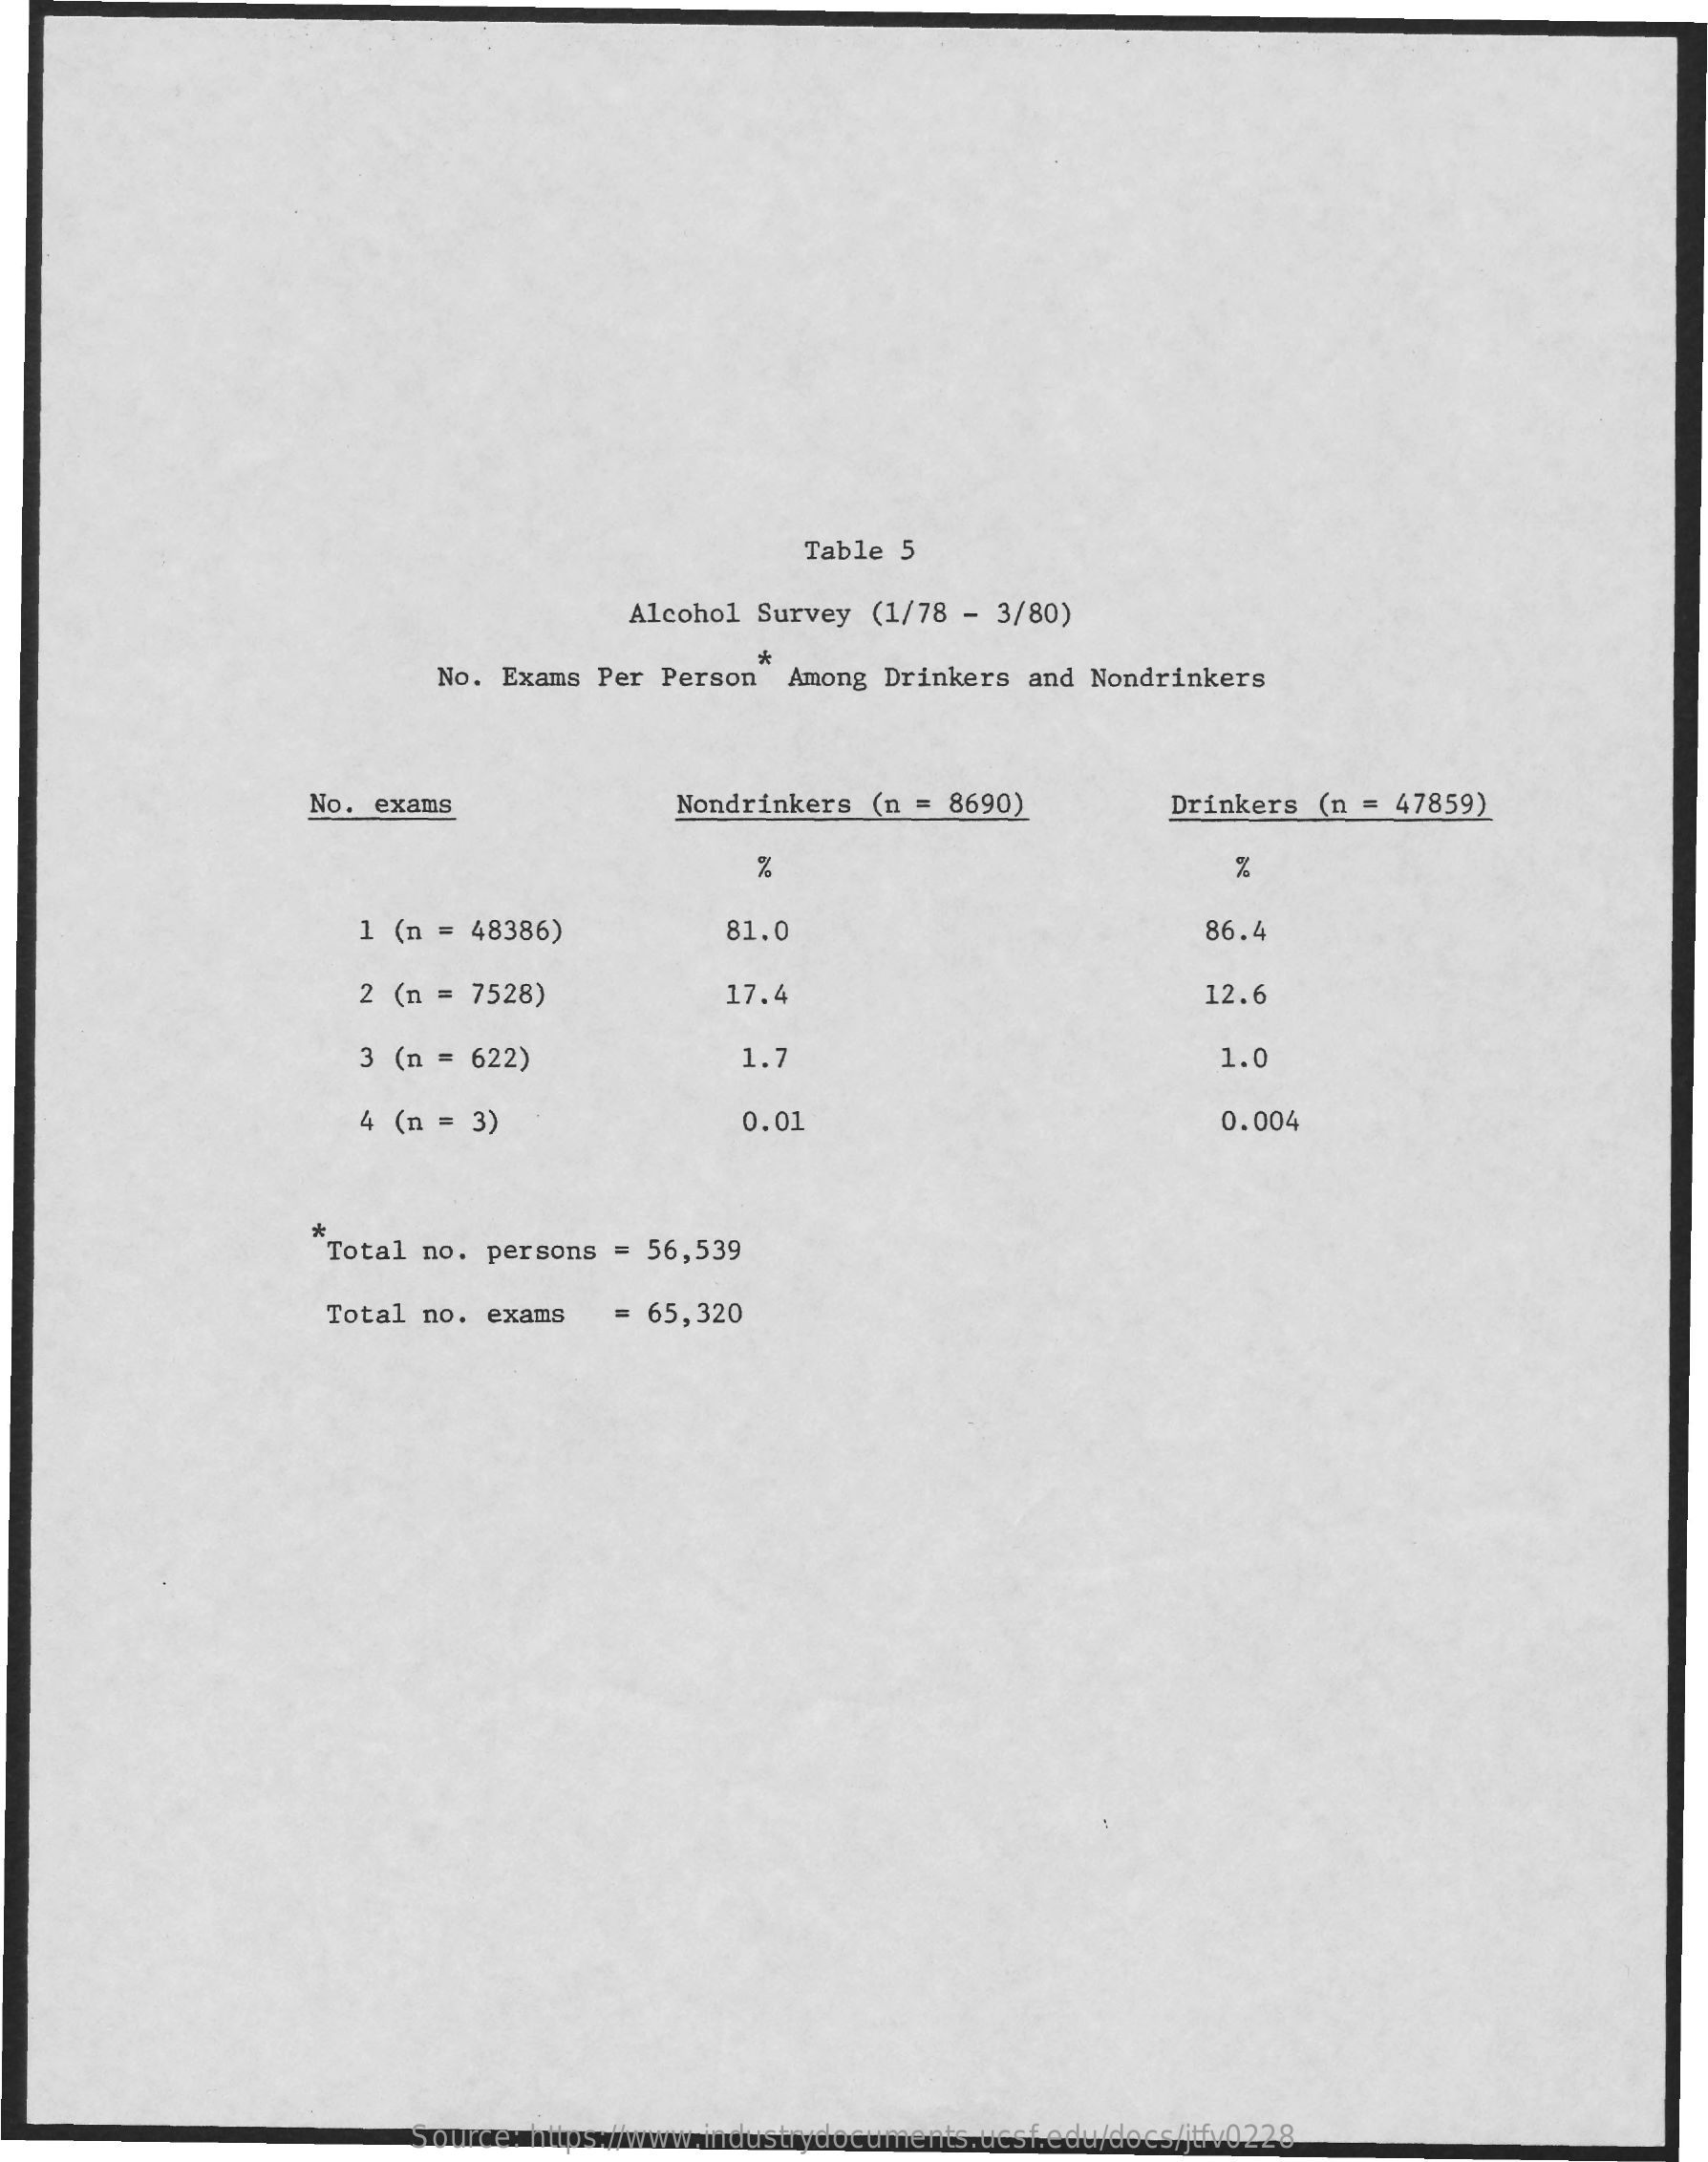
Table 5
     Alcohol  Survey (1/78  - 3/80)
     No. Exams  Per Person   Among Drinkers  and Nondrinkers
     *
     No. exams    Nondrinkers (n = 8690)    Drinkers  (n = 47859)
     %
     1 (n = 48386)    81.0    86.4
     2 (n =  7528)    17.4    12.6
     3 (n =  622)    1.7    1.0
     4 (n =  3)    0.01    0.004
     *.
     Total no. persons  = 56,539
     Total no.  exams   = 65,320
     Source: https://www.industrydocuments.ucsf.edu/docs/jtfv0228